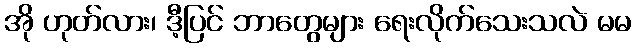
အို ဟုတ်လား၊ ဒီ့ပြင် ဘာတွေများ ရေးလိုက်သေးသလဲ မမ